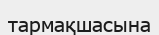
тармақшасына